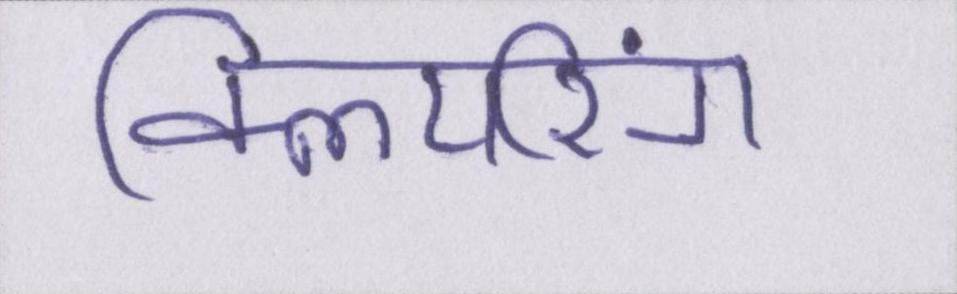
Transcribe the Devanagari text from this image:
क्लियरिंग